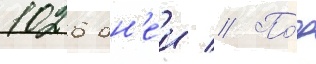
1026 дн'еи // По́д